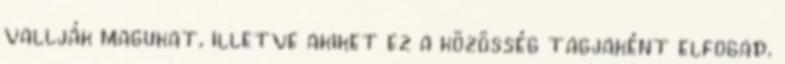
vallják magukat, illetve akiket ez a közösség tagjaként elfogad.